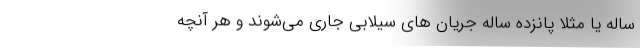
ساله یا مثلاً پانزده ساله جریان های سیلابی جاری می‌شوند و هر آنچه